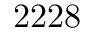
2 2 2 8